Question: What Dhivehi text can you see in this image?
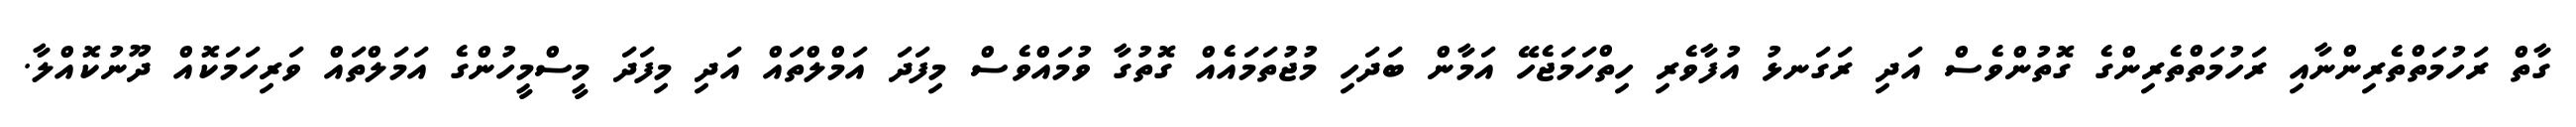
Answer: ގާތް ރަހުމަތްތެރިންނާއި ރަހުމަތްތެރިންގެ ގޮތުންވެސް އަދި ރަގަނޅު އުފާވެރި ހިތްހަމަޖެހޭ އަމާން ބަދަހި މުޖުތަމައެއް ގޮތުގާ ވުމައްވެސް މިފަދަ އަމްލްތައް އަދި މިފަދަ މީސްމީހުންގެ އަމަލްތައް ވަރިހަމަކޮއް ދޫނުކޮއްލާ.